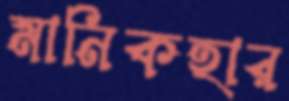
মানিকহার